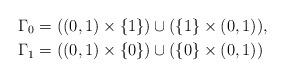
LaTeX: \begin{align*}&\Gamma _0=((0,1)\times \{1\})\cup (\{1\}\times (0,1)),\\&\Gamma _1=((0,1)\times \{0\})\cup (\{0\}\times (0,1))\end{align*}